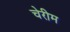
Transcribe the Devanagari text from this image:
चेरीम